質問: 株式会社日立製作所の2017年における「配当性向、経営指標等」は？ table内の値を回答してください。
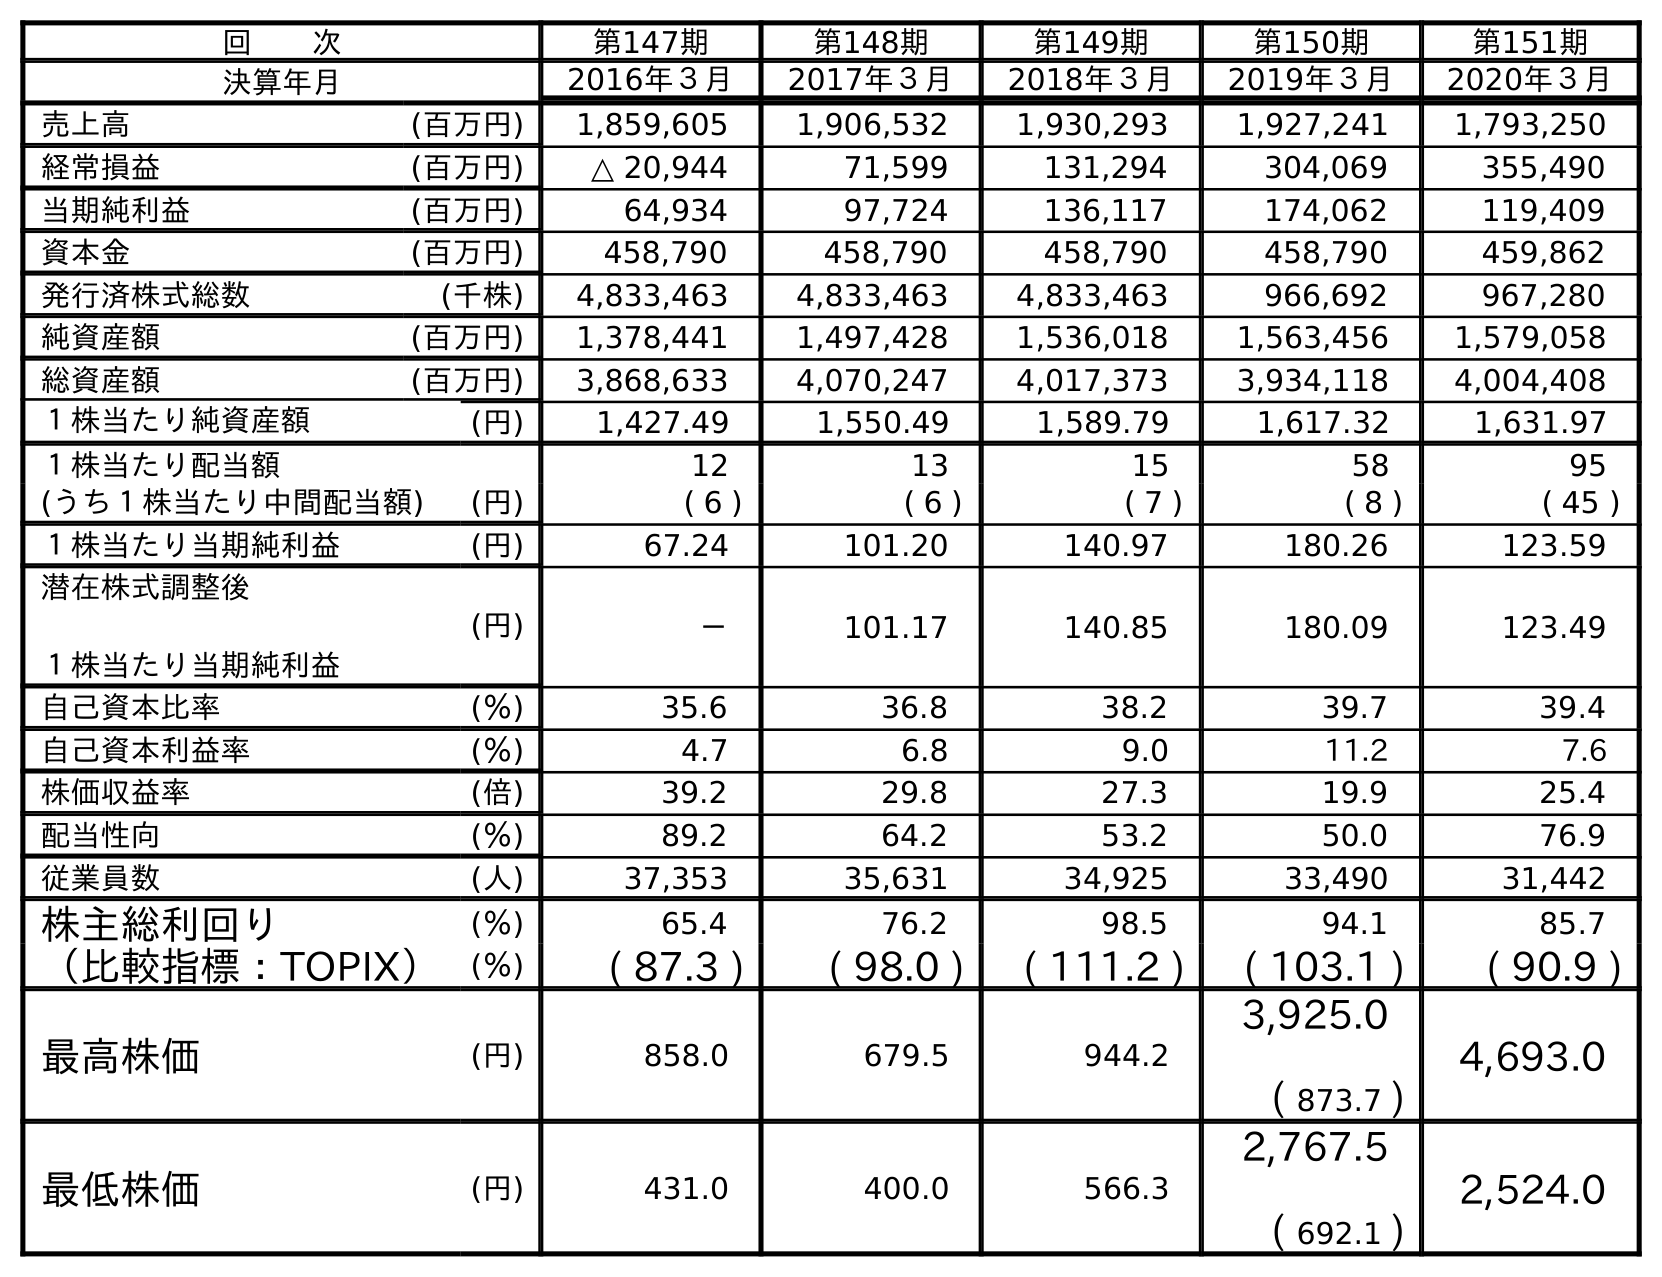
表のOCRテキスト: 回  次 第147期 第148期 第149期 第150期 第151期 決算年月 2016年３月 2017年３月 2018年３月 2019年３月 2020年３月 売上高 (百万円) 1,859,605 1,906,532 1,930,293 1,927,241 1,793,250 経常損益 (百万円) △ 20,944 71,599 131,294 304,069 355,490 当期純利益 (百万円) 64,934 97,724 136,117 174,062 119,409 資本金 (百万円) 458,790 458,790 458,790 458,790 459,862 発行済株式総数 (千株) 4,833,463 4,833,463 4,833,463 966,692 967,280 純資産額 (百万円) 1,378,441 1,497,428 1,536,018 1,563,456 1,579,058 総資産額 (百万円) 3,868,633 4,070,247 4,017,373 3,934,118 4,004,408 １株当たり純資産額 (円) 1,427.49 1,550.49 1,589.79 1,617.32 1,631.97 １株当たり配当額 12 13 15 58 95 (うち１株当たり中間配当額) (円) ( 6 ) ( 6 ) ( 7 ) ( 8 ) ( 45 ) １株当たり当期純利益 (円) 67.24 101.20 140.97 180.26 123.59 潜在株式調整後 １株当たり当期純利益 (円) － 101.17 140.85 180.09 123.49 自己資本比率 (％) 35.6 36.8 38.2 39.7 39.4 自己資本利益率 (％) 4.7 6.8 9.0 11.2 7.6 株価収益率 (倍) 39.2 29.8 27.3 19.9 25.4 配当性向 (％) 89.2 64.2 53.2 50.0 76.9 従業員数 (人) 37,353 35,631 34,925 33,490 31,442 株主総利回り (％) 65.4 76.2 98.5 94.1 85.7 （比較指標：TOPIX） (％) ( 87.3 ) ( 98.0 ) ( 111.2 ) ( 103.1 ) ( 90.9 ) 最高株価 (円) 858.0 679.5 944.2 3,925.0 ( 873.7 ) 4,693.0 最低株価 (円) 431.0 400.0 566.3 2,767.5 ( 692.1 ) 2,524.0
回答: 64.2